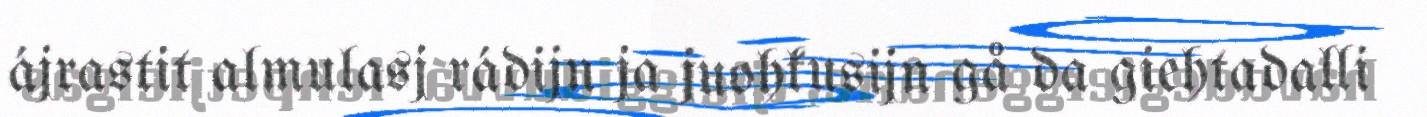
ájrastit almulasj rádijn ja juohkusijn gå da giehtadalli